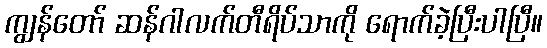
ကျွန်တော် ဆန်ဂါလက်တီရိပ်သာကို ရောက်ခဲ့ပြီးပါပြီ။